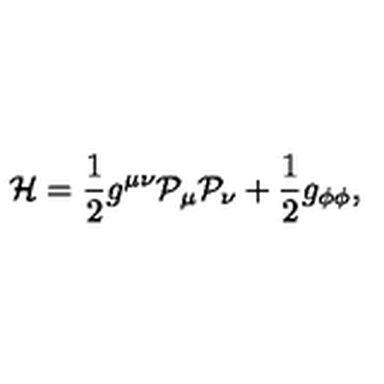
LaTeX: { \cal H } = \frac { 1 } { 2 } g ^ { \mu \nu } { \cal P } _ { \mu } { \cal P } _ { \nu } + \frac { 1 } { 2 } g _ { \phi \phi } ,